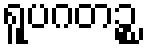
ရူပဂတဉ္စ